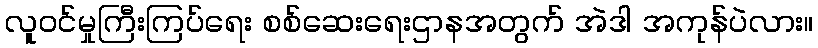
လူဝင်မှုကြီးကြပ်ရေး စစ်ဆေးရေးဌာနအတွက် အဲဒါ အကုန်ပဲလား။